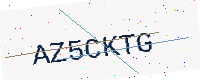
Text: AZ5CKTG